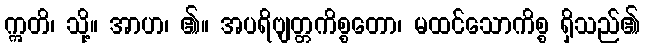
ဣတိ၊ သို့။ အာဟ၊ ၏။ အပရိဗျတ္တကိစ္စတော၊ မထင်သောကိစ္စ ရှိသည်၏